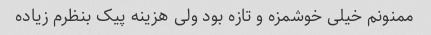
ممنونم خیلی خوشمزه و تازه بود ولی هزینه پیک بنظرم زیاده